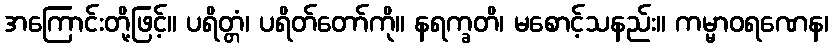
အကြောင်းတို့ဖြင့်။ ပရိတ္တံ၊ ပရိတ်တော်ကို။ နရက္ခတိ၊ မစောင့်သနည်း။ ကမ္မာဝရဏေန၊